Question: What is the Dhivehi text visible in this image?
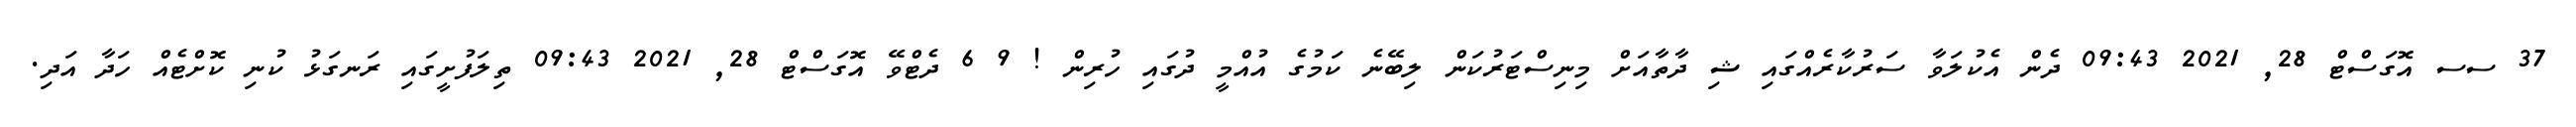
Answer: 37 ސސ އޮގަސްޓް 28, 2021 09:43 ދެން އެކުލަވާ ސަރުކާރެއްގައި ޝި ދާތާއަށް މިނިސްޓަރުކަން ލިބޭނެ ކަމުގެ އުއްމީ ދުގައި ހުރިން ! 9 6 ދެޓްވޭ އޮގަސްޓް 28, 2021 09:43 ތިލަފުށީގައި ރަނގަޅު ކުނި ކޮށްޓެއް ހަދާ އަދި.